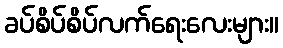
ခပ်စိပ်စိပ်လက်ရေးလေးများ။